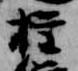
権